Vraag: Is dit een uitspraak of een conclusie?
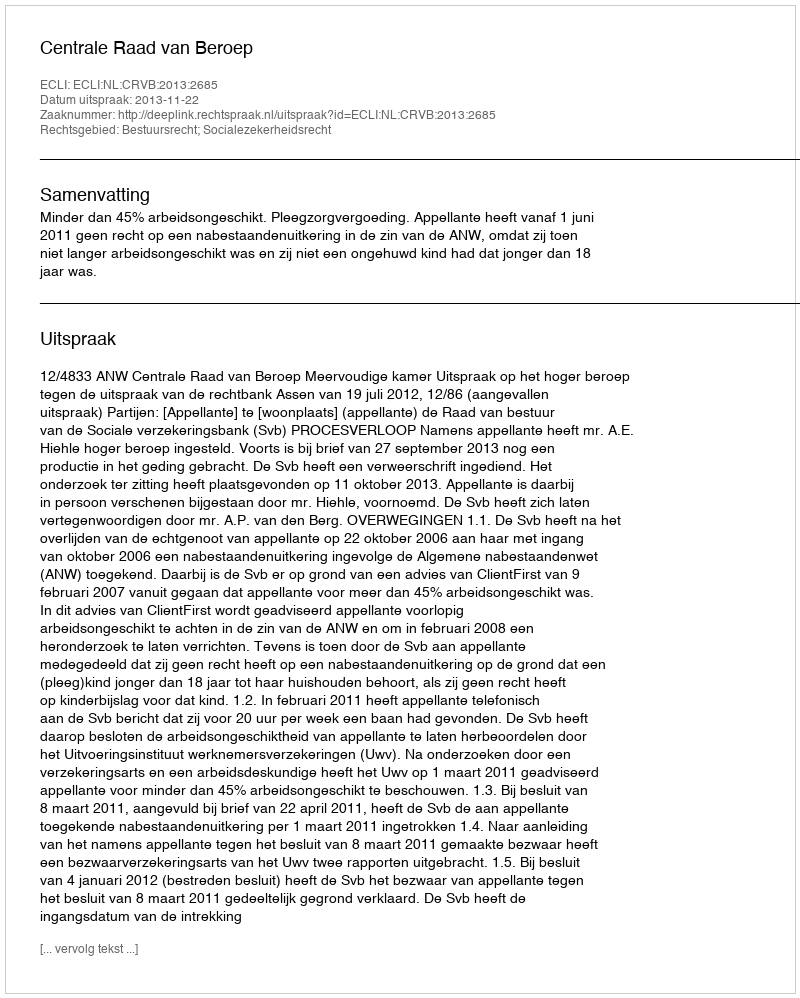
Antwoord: Uitspraak